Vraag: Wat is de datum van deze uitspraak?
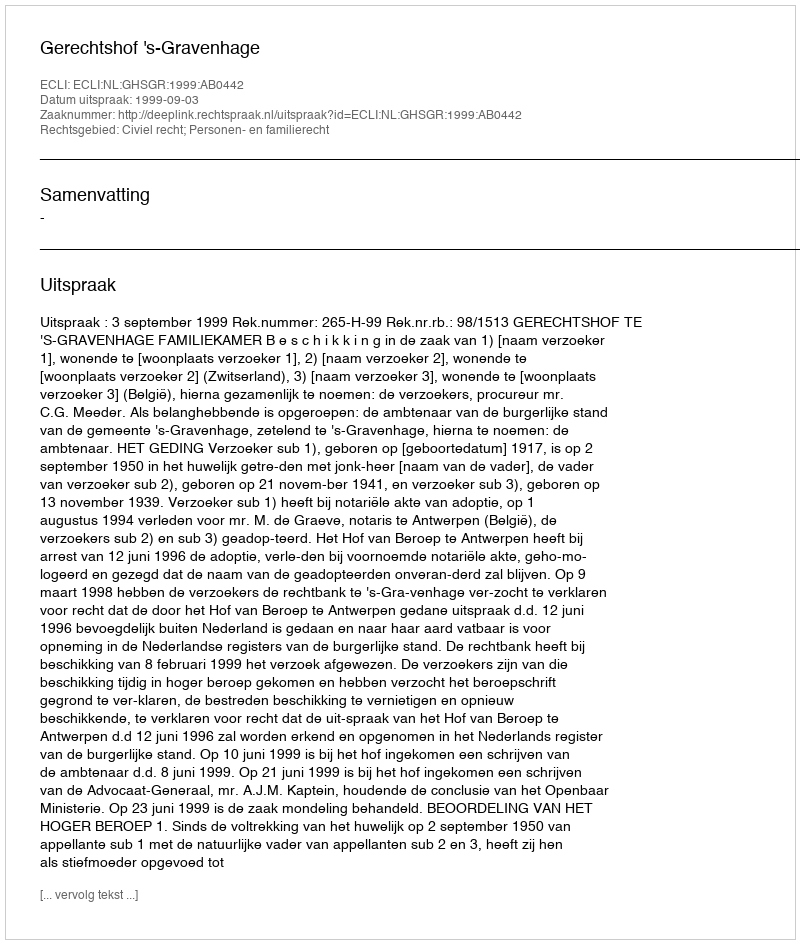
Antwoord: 1999-09-03